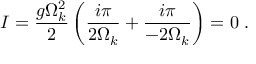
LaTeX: I = \frac { g \Omega _ { k } ^ { 2 } } { 2 } \left( \frac { i \pi } { 2 \Omega _ { k } } + \frac { i \pi } { - 2 \Omega _ { k } } \right) = 0 \; .